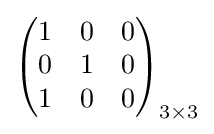
{\begin{pmatrix}1&0&0\\0&1&0\\1&0&0\end{pmatrix}}_{3\times 3}